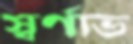
স্বর্ণাভ